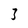
Character: 3